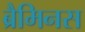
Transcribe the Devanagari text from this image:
ब्रैमिनस